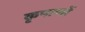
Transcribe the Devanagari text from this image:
कृपाणों